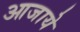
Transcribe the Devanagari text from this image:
आजाये